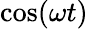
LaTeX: \cos(\omega t)